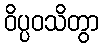
ဝိပ္ပဝသိတွာ